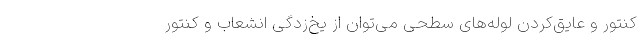
کنتور و عایق‌کردن لوله‌های سطحی می‌توان از یخ‌زدگی انشعاب و کنتور